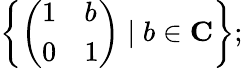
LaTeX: \left\{ {\left(\begin{array}{ll}{1}&{b}\\ {0}&{1}\end{array}\right)}\mid b\in\mathbf{C}\right\} ;